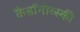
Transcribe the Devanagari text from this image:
कैडाॅनोव्स्की